Indian journal of veterinary science and animal husbandry - Volumes 15-17, 1948-1951
Year: 1948
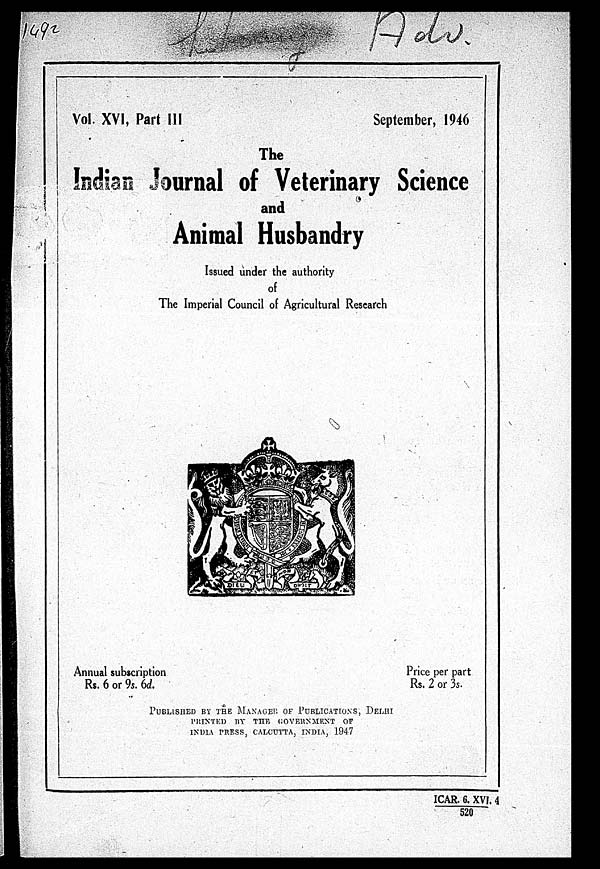
Vol. XVI, Part III
September, 1946
The
Indian Journal of Veterinary Science
and
Animal Husbandry
Issued under the authority
of
The Imperial Council of Agricultural Research
Annual subscription
Rs. 6 or 9s. 6d.
Price per part
Rs. 2 or 3s.
PUBLISHED BY THE MANAGER OF PUBLICATION, DELHI
PRINTED BY THE GOERNMENT OF
INDIA PRESS, CALCUTTA, INDIA, 1947
ICAR. 6. XVI. 4
520